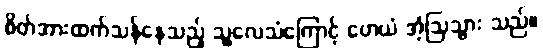
စိတ်အားထက်သန်နေသည့် သူ့လေသံကြောင့် ဟေယံ အံ့ဩသွား သည်။